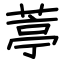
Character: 葶